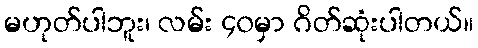
မဟုတ်ပါဘူး၊ လမ်း ၄၀မှာ ဂိတ်ဆုံးပါတယ်။